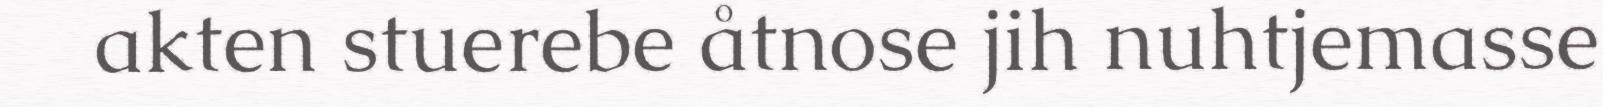
akten stuerebe åtnose jih nuhtjemasse